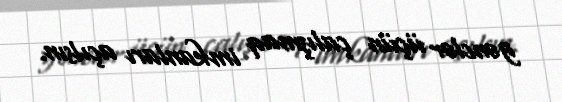
gənclər üçün çalışmaq imkanları açılsın.